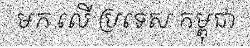
មក លើ ប្រទេស កម្ពុជា